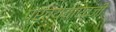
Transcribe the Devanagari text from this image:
प्रत्ययाऐवजी